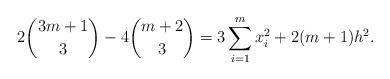
LaTeX: \begin{align*} 2 \binom{3m+1}{3} - 4 \binom{m+2}{3} = 3 \sum_{i=1}^{m} x_{i}^{2} + 2(m+1)h^{2}.\end{align*}